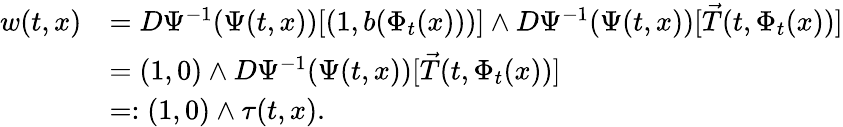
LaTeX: \begin{array}{rl}{w(t,x)}&{=D\Psi^{-1}({\Psi(t,x)})[(1,b(\Phi_{t}(x)))]\wedge D\Psi^{-1}({\Psi(t,x)})[\vec{T}(t,\Phi_{t}(x))]}\\ &{=(1,0)\wedge D\Psi^{-1}({\Psi(t,x)})[\vec{T}(t,\Phi_{t}(x))]}\\ &{=:(1,0)\wedge\tau(t,x).}\end{array}